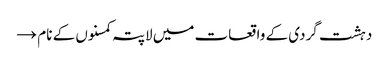
دہشت گردی کے واقعات میں لاپتہ کمسنوں کے نام →